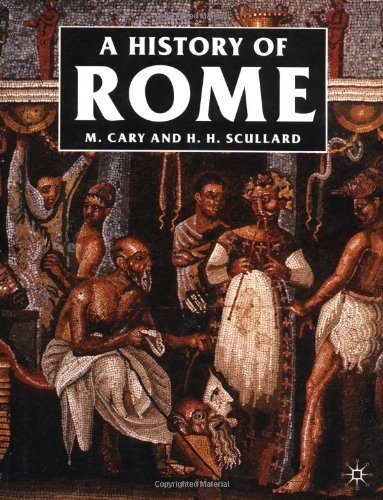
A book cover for A History of Rome: Down to the Reign of Constantine; M. Cary; History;